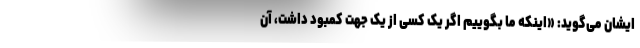
ایشان می‌گوید: «اینکه ما بگوییم اگر یک کسی از یک جهت کمبود داشت، آن